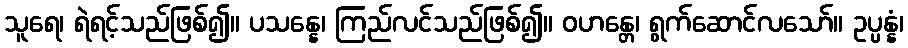
သူရေ၊ ရဲရင့်သည်ဖြစ်၍။ ပသန္နေ၊ ကြည်လင်သည်ဖြစ်၍။ ဝဟန္တေ၊ ရွက်ဆောင်လသော်။ ဥပ္ပန္နံ၊